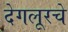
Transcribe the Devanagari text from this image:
देगलूरचे